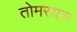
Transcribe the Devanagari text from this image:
तोमरधार